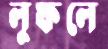
লুফলে